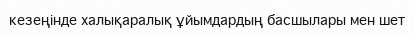
кезеңінде халықаралық ұйымдардың басшылары мен шет